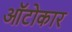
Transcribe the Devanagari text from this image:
ऑटोकार